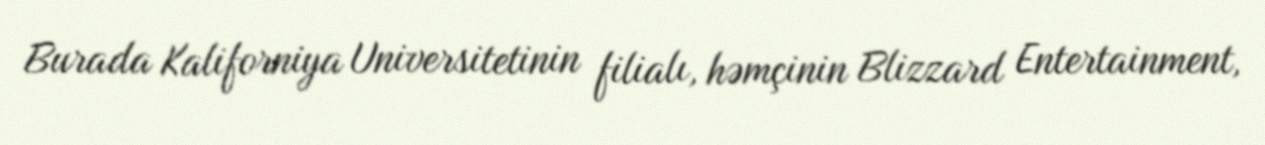
Burada Kaliforniya Universitetinin filialı, həmçinin Blizzard Entertainment,